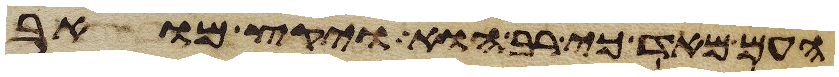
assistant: העם מאד כי רב הוא ויקץ מואב